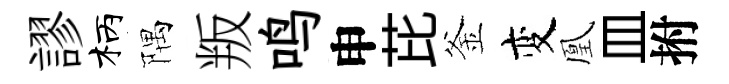
謬柄隅叛鸣申芘釜变凰皿拊